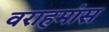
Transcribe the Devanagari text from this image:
वराहमांस